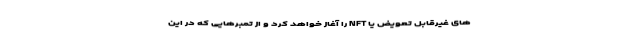
های غیرقابل تعویض یا NFT را آغاز خواهد کرد و از تمبرهایی که در این